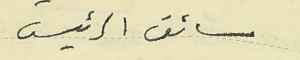
سائق الرئيس